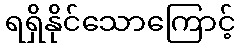
ရရှိနိုင်သောကြောင့်